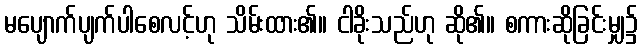
မပျောက်ပျက်ပါစေလင့်ဟု သိမ်းထား၏။ ငါခိုးသည်ဟု ဆို၏။ စကားဆိုခြင်းမျှ၌